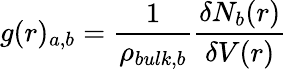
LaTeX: g(r)_{a,b}=\frac{1}{\rho_{bulk,b}}\frac{\delta N_{b}(r)}{\delta V(r)}